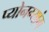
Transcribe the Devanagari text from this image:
प्योनग्यांग